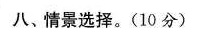
八、情景选择。(10分)